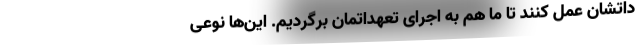
داتشان عمل کنند تا ما هم به اجرای تعهداتمان برگردیم. این‌ها نوعی